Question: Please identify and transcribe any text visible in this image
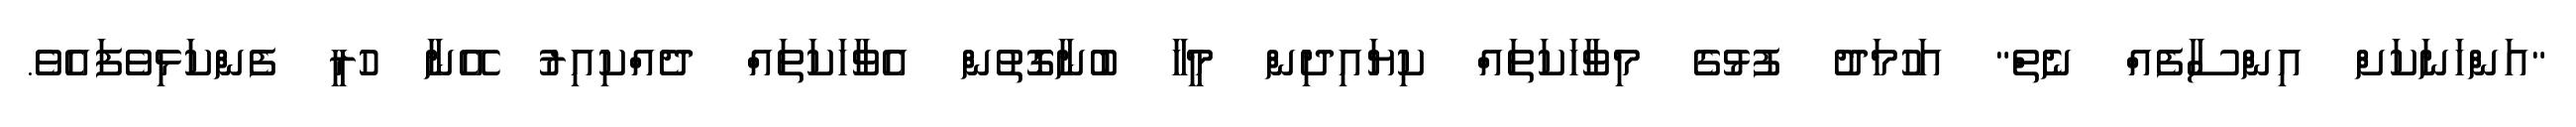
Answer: "އަންހަނަކަށް އިންސާފެއް ނެތް" އަހުމަދު ފުޅުގެ މިވާހަކަތައް ކިޔައިދިން މީހާ ބުނާގޮތުން އެވާހަކަތައް ދެއްކިއިރު އޭނާ ހުރީ ފެންކަޅިވެފައެވެ.